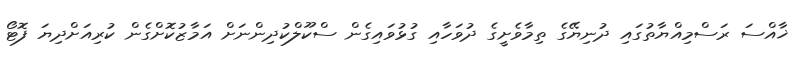
ޚާއްސަ ރަސްމިއްޔާތުގައި ދުނިޔޭގެ ތިމާވެށީގެ ދުވަހާއި ގުޅުވައިގެން ސްކޫލްކުދިންނަށް އަމާޒުކޮށްގެން ކުރިއަށްދިޔަ ފޮޓޯ